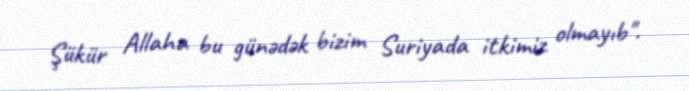
Şükür Allaha bu günədək bizim Suriyada itkimiz olmayıb".